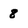
Character: 8